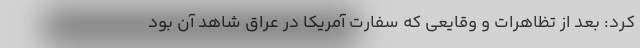
کرد: بعد از تظاهرات و وقایعی که سفارت آمریکا در عراق شاهد آن بود